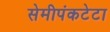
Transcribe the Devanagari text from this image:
सेमीपंकटेटा